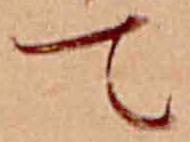
て